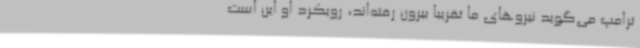
ترامپ می‌گوید نیروهای ما تقریبا بیرون رفته‌اند، رویکرد او این است